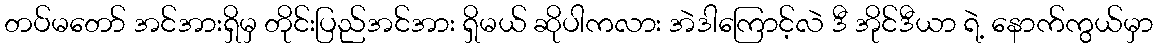
တပ်မတော် အင်အားရှိမှ တိုင်းပြည်အင်အား ရှိမယ် ဆိုပါကလား အဲဒါကြောင့်လဲ ဒီ အိုင်ဒီယာ ရဲ့ နောက်ကွယ်မှာ